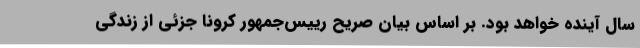
سال آینده خواهد بود. بر اساس بیان صریح رییس‌جمهور کرونا جزئی از زندگی